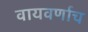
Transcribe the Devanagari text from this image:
वायवर्णाच